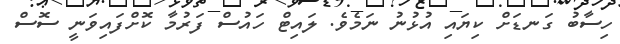
ހިސާބު ގަނޑަށް ކިޔައި އުޅުނު ނަމެވެ. ލައިޓް ހައުސް ފަރުމާ ކޮށްފައިވަނީ ސޮސް